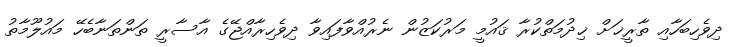
ދިވެހިބަހާއި ތާރީޚަށް ޚިދުމަތްކުރާ ޤައުމީ މަރުކަޒުން ނެރުއްވާފައިވާ ދިވެހިރާއްޖޭގެ އާސާރީ ތަންތަނާބެހޭ މައުލޫމާތު